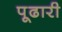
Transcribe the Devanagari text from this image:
पूढारी